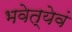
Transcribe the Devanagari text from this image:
भवेत्येवं